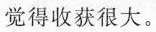
觉得收获很大。